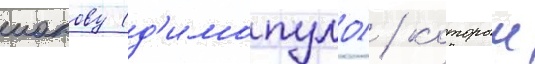
иакову (д'имопуло) / которыи